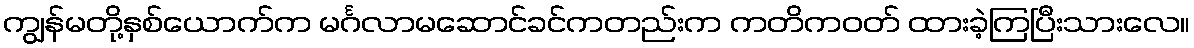
ကျွန်မတို့နှစ်ယောက်က မင်္ဂလာမဆောင်ခင်ကတည်းက ကတိကဝတ် ထားခဲ့ကြပြီးသားလေ။